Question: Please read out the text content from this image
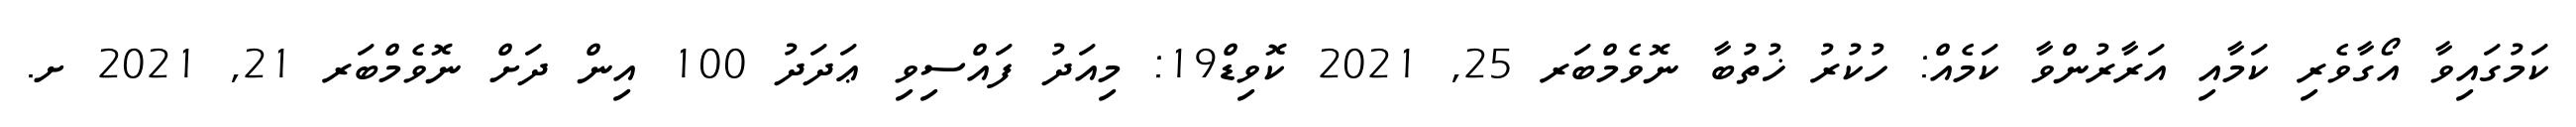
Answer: ކަމުގައިވާ އޯގާވެރި ކަމާއި އަރާރުންވާ ކަމެއް: ހުކުރު ޚުތުބާ ނޮވެމްބަރ 25, 2021 ކޮވިޑް19: މިއަދު ފައްސިވި ޢަދަދު 100 އިން ދަށް ނޮވެމްބަރ 21, 2021 ށ.